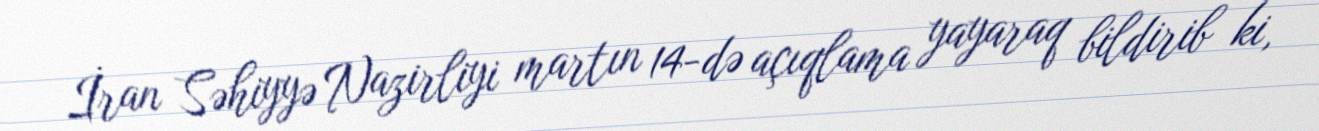
İran Səhiyyə Nazirliyi martın 14-də açıqlama yayaraq bildirib ki,